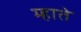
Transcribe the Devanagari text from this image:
म्हाते